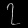
Digit: ၇